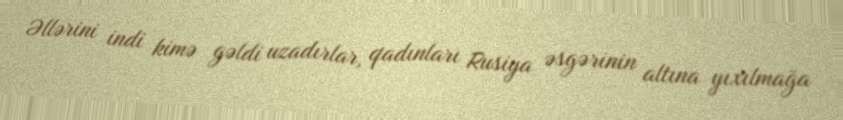
Əllərini indi kimə gəldi uzadırlar, qadınları Rusiya əsgərinin altına yıxılmağa